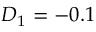
D _ { 1 } = - 0 . 1